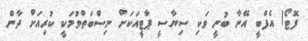
ފޮޓޯ/ އެފްބީ އޭނާ ބުނީ ވަކި ސިޔާސީ ޕާޓީއަކަށް ނިސްބަތްވުމަކީ ކުރިއަށް ދާން